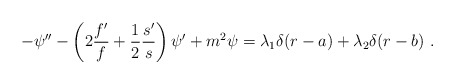
\begin{align*}- \psi'' - \left(2 \frac{f'}{f} + \frac{1}{2} \frac{s'}{s}\right) \psi' + m^2 \psi= \lambda_1 \delta(r-a) + \lambda_2 \delta(r-b)\ .\end{align*}